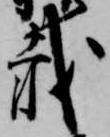
載